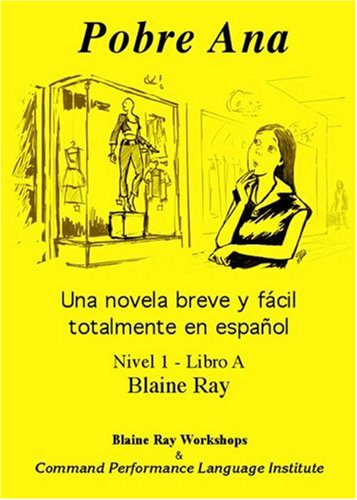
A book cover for Pobre Ana: Una Novela Breve y Facil Totalmente en Espanol (Nivel 1 - Libro A) (Spanish Edition); Blaine Ray; Literature & Fiction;